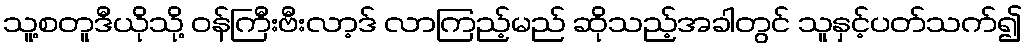
သူ့စတူဒီယိုသို့ ဝန်ကြီးဗီးလာ့ဒ် လာကြည့်မည် ဆိုသည့်အခါတွင် သူနှင့်ပတ်သက်၍